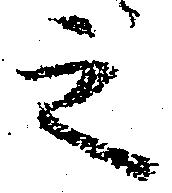
之